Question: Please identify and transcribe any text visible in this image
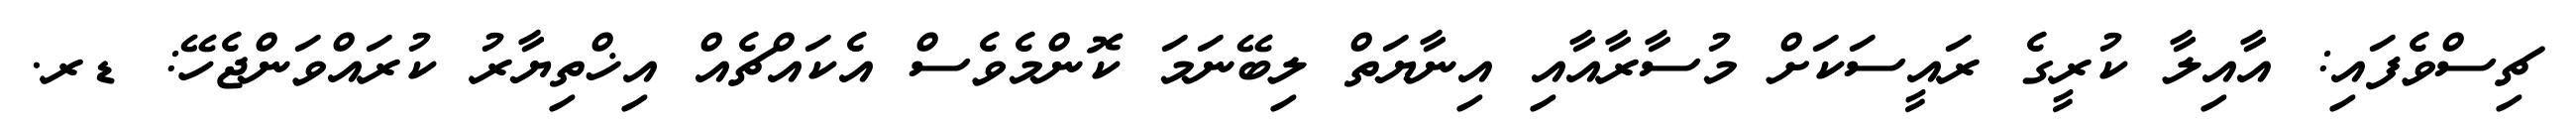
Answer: ޗިސްވެފައި: އާއިލާ ކުރީގެ ރައީސަކަށް މުސާރާއާއި އިނާޔަތް ލިބޭނަމަ ކޮންމެވެސް އެކައްޗެއް އިޚްތިޔާރު ކުރައްވަންޖެހޭ: ޑރ.